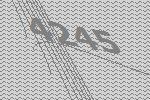
4245